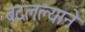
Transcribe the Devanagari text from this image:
बदलल्याने